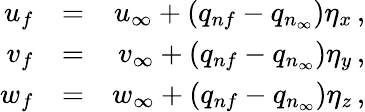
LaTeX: \begin{array}{rlr}{u_{f}}&{=}&{u_{\infty}+(q_{nf}-q_{n_{\infty}})\eta_{x}\, \mathrm{,}}\\ {v_{f}}&{=}&{v_{\infty}+(q_{nf}-q_{n_{\infty}})\eta_{y}\, \mathrm{,}}\\ {w_{f}}&{=}&{w_{\infty}+(q_{nf}-q_{n_{\infty}})\eta_{z}\, \mathrm{,}}\end{array}